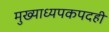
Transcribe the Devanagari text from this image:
मुख्याध्यपकपदही